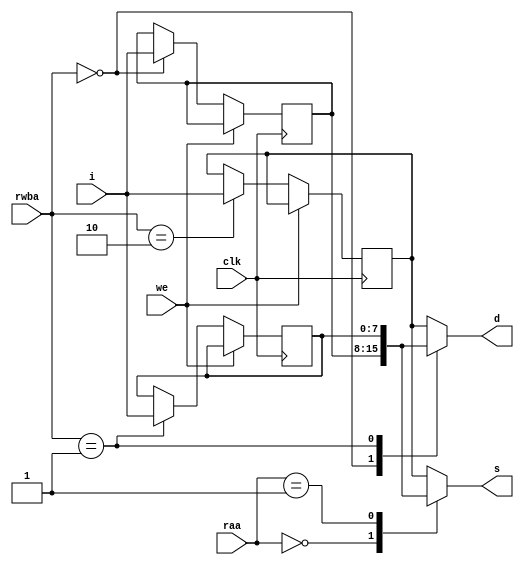
module register(
    input clk,we,
    input [1:0] raa,rwba,
    input [7:0] i,
    output reg[7:0] s,d
);
reg[7:0] A,B,C; 
parameter a=2'b00,b=2'b01,c=2'b10;   
always @(raa or rwba or A or B or C) begin
    case (raa)
    a:begin s=A;end
    b:begin s=B;end
    c:begin s=C;end
    default:begin s=C;end
    endcase
    case (rwba)
    a:begin d=A;end
    b:begin d=B;end
    c:begin d=C;end
    default:begin d=C;end
    endcase
end
always @(negedge clk) begin
    if(we==1'b0)begin
        case (rwba)
        a:begin A<=i;end
        b:begin B<=i;end
        c:begin C<=i;end
        endcase
    end
    else begin A<=A;end//it is useless
end
endmodule